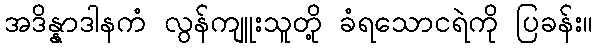
အဒိန္နာဒါနကံ လွန်ကျူးသူတို့ ခံရသောငရဲကို ပြခန်း။